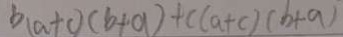
b ( a + c ) ( b + a ) + c ( a + c ) ( b + a )